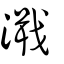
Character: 濈